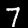
Digit: 7